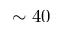
\sim 4 0